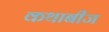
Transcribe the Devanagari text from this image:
कथाबीज